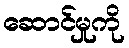
ဆောင်မှုကို